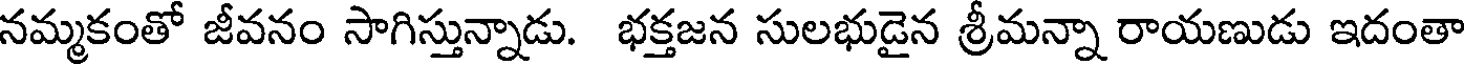
నమ్మకంతో జీవనం సాగిస్తున్నాడు. భక్తజన సులభుడైన శ్రీమన్నా రాయణుడు ఇదంతా